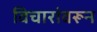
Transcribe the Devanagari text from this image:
विचारांवरून